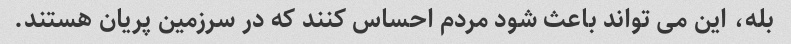
بله، این می تواند باعث شود مردم احساس کنند که در سرزمین پریان هستند.